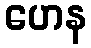
ဟေန